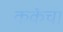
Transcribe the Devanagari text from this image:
कर्केचा